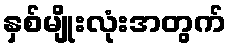
နှစ်မျိုးလုံးအတွက်